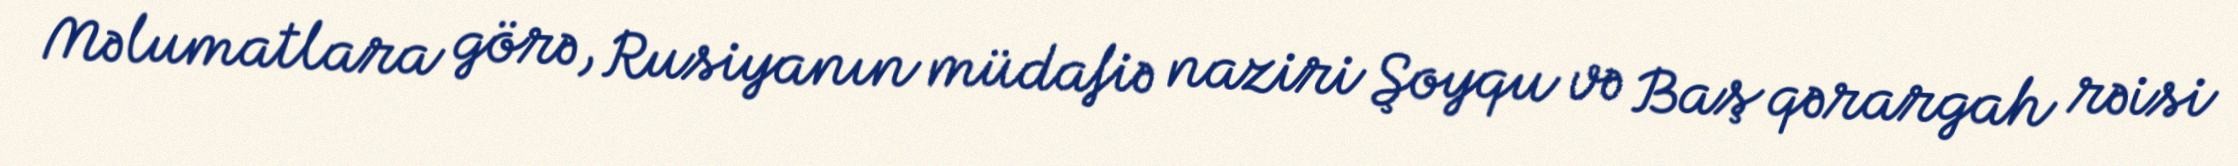
Məlumatlara görə, Rusiyanın müdafiə naziri Şoyqu və Baş qərargah rəisi